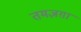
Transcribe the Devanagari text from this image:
तमज़ग़ा